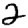
Digit: 2